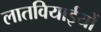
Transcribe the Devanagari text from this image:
लातवियाईयों